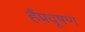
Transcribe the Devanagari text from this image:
हैंप्रदूषण